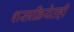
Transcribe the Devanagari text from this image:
शस्त्रक्रियेतही